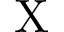
\mathrm { X }